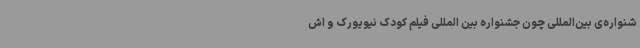
شنواره‌ی بین‌المللی چون جشنواره بین المللی فیلم کودک نیویورک و اش